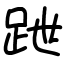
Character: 跇